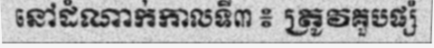
នៅដំណាក់កាលទី៣ ៖ ត្រូវគួបផ្សំ